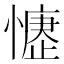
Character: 𢡒